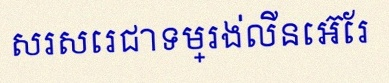
សរសេរជាទម្រង់លីនេអ៊ែរ